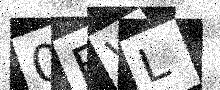
Text: 0BVL